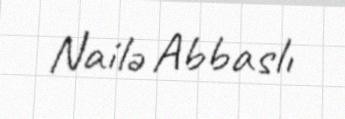
Nailə Abbaslı